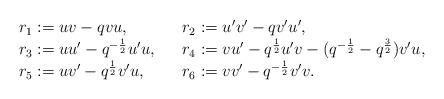
LaTeX: \begin{align*}\begin{array}{lll}r_1 := uv - qvu, && r_2 := u'v' - qv'u' ,\\r_3 := uu'-q^{-\frac{1}{2}}u'u, && r_4 := vu'-q^{\frac{1}{2}}u'v - (q^{-\frac{1}{2}} - q^{\frac{3}{2}}) v'u,\\r_5 := uv' - q^{\frac{1}{2}}v'u, && r_6 := vv' - q^{-\frac{1}{2}}v'v .\end{array}\end{align*}